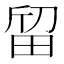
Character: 𱰵